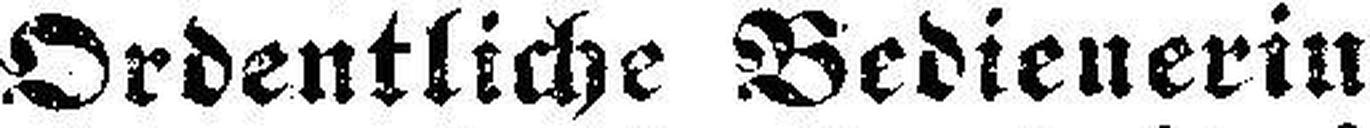
Ordentliche Bedienerin